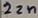
Text: 22n